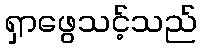
ရှာဖွေသင့်သည်